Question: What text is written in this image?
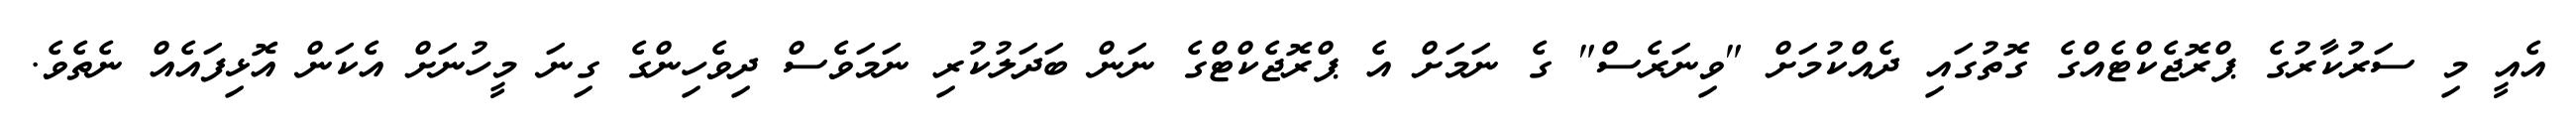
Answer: އެއީ މި ސަރުކާރުގެ ޕްރޮޖެކްޓެއްގެ ގޮތުގައި ދެއްކުމަށް "ވިނަރެސް" ގެ ނަމަށް އެ ޕްރޮޖެކްޓްގެ ނަން ބަދަލުކުރި ނަމަވެސް ދިވެހިންގެ ގިނަ މީހުނަށް އެކަން އޮޅިފައެއް ނެތެވެ.